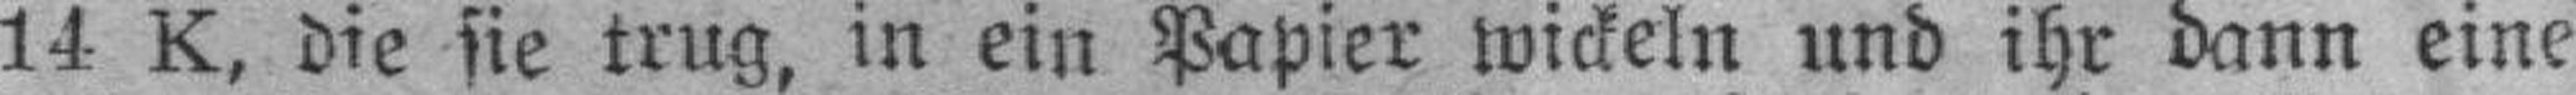
14 K, die sie trug, in ein Papier wickeln und ihr dann eine